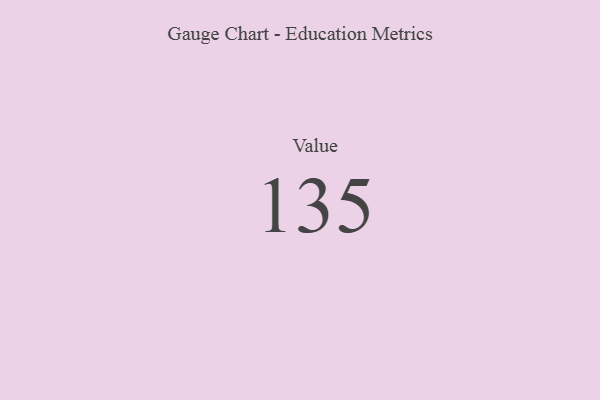
{"axis": {"x": "Metric", "y": "Value"}, "legend": [""], "data": [{"x": "Value", "y": 135, "type": ""}]}